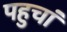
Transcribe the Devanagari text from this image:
पहुचां